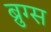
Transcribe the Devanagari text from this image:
ब्रुग्स